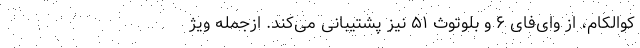
کوالکام، از وای‌فای ۶ و بلوتوث ۵۱ نیز پشتیبانی می‌کند. ازجمله ویژ